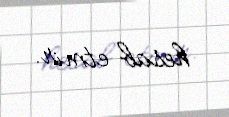
hesab etmir.